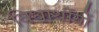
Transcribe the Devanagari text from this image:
विधार्थीयों